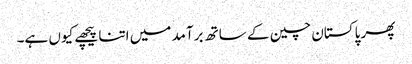
پھر پاکستان چین کے ساتھ برآمد میں اتنا پیچھے کیوں ہے۔